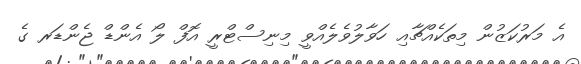
އެ މަރުކަޒުން މިތަކެއްޗާއި ހަވާލުވެލެއްވީ މިނިސްޓްރީ އޮފް ލޯ އެންޑް ޖެންޑަރ ގެ